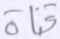
قناة